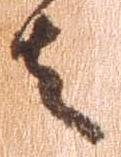
者